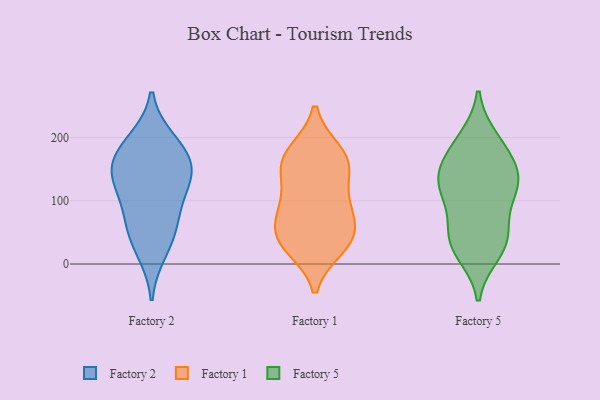
{"axis": {"x": "Churn Rate (%)", "y": "Value"}, "legend": ["Factory 1", "Factory 2", "Factory 5"], "data": [{"x": "", "y": 136, "type": "Factory 2"}, {"x": "", "y": 117, "type": "Factory 2"}, {"x": "", "y": 50, "type": "Factory 2"}, {"x": "", "y": 91, "type": "Factory 2"}, {"x": "", "y": 151, "type": "Factory 2"}, {"x": "", "y": 188, "type": "Factory 2"}, {"x": "", "y": 61, "type": "Factory 2"}, {"x": "", "y": 19, "type": "Factory 2"}, {"x": "", "y": 195, "type": "Factory 2"}, {"x": "", "y": 148, "type": "Factory 2"}, {"x": "", "y": 163, "type": "Factory 2"}, {"x": "", "y": 60, "type": "Factory 1"}, {"x": "", "y": 96, "type": "Factory 1"}, {"x": "", "y": 88, "type": "Factory 1"}, {"x": "", "y": 176, "type": "Factory 1"}, {"x": "", "y": 38, "type": "Factory 1"}, {"x": "", "y": 153, "type": "Factory 1"}, {"x": "", "y": 38, "type": "Factory 1"}, {"x": "", "y": 149, "type": "Factory 1"}, {"x": "", "y": 177, "type": "Factory 1"}, {"x": "", "y": 91, "type": "Factory 1"}, {"x": "", "y": 27, "type": "Factory 1"}, {"x": "", "y": 37, "type": "Factory 1"}, {"x": "", "y": 156, "type": "Factory 1"}, {"x": "", "y": 190, "type": "Factory 5"}, {"x": "", "y": 129, "type": "Factory 5"}, {"x": "", "y": 110, "type": "Factory 5"}, {"x": "", "y": 197, "type": "Factory 5"}, {"x": "", "y": 48, "type": "Factory 5"}, {"x": "", "y": 117, "type": "Factory 5"}, {"x": "", "y": 18, "type": "Factory 5"}, {"x": "", "y": 60, "type": "Factory 5"}, {"x": "", "y": 34, "type": "Factory 5"}, {"x": "", "y": 29, "type": "Factory 5"}, {"x": "", "y": 120, "type": "Factory 5"}, {"x": "", "y": 147, "type": "Factory 5"}, {"x": "", "y": 143, "type": "Factory 5"}, {"x": "", "y": 169, "type": "Factory 5"}]}